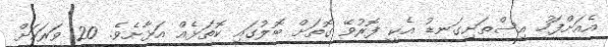
އެއަށްފަހު އިސްތަށިގަނޑު އެކީ ފޮރުވޭ ގޮތަށް ބޮލުގައި ކޮތަޅެއް އަޅާށެވެ. 20 ވަރަކަށް